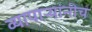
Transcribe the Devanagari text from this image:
व्यापाऱ्यांनीच